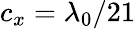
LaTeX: c_{x}=\lambda_{0}/21